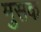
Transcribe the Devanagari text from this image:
मुसक